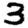
Digit: 3